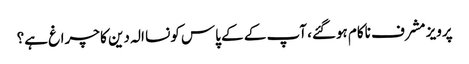
پرویز مشرف ناکام ہوگئے، آپ کے کے پاس کونسا الہ دین کا چراغ ہے؟